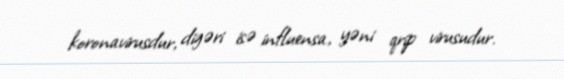
koronavirusdur, digəri isə influensa, yəni qrip virusudur.